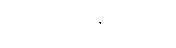
သတိပဋ္ဌာနမဋ္ဋာလံ